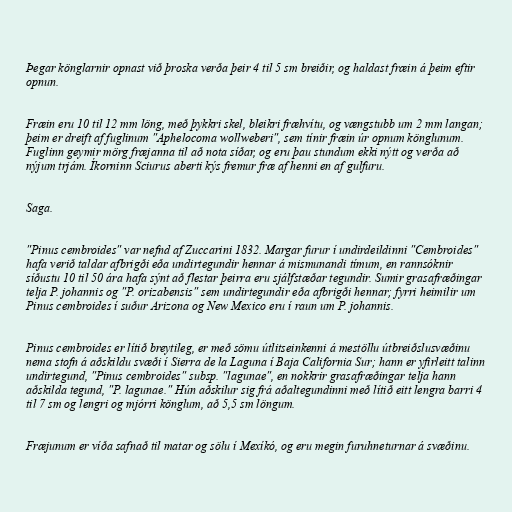
Þegar könglarnir opnast við þroska verða þeir 4 til 5 sm breiðir, og haldast fræin á þeim eftir
opnun.

Fræin eru 10 til 12 mm löng, með þykkri skel, bleikri fræhvítu, og vængstubb um 2 mm langan;
þeim er dreift af fuglinum "Aphelocoma wollweberi", sem tínir fræin úr opnum könglunum.
Fuglinn geymir mörg fræjanna til að nota síðar, og eru þau stundum ekki nýtt og verða að
nýjum trjám. Íkorninn Sciurus aberti kýs fremur fræ af henni en af gulfuru.

Saga.

"Pinus cembroides" var nefnd af Zuccarini 1832. Margar furur í undirdeildinni "Cembroides"
hafa verið taldar afbrigði eða undirtegundir hennar á mismunandi tímum, en rannsóknir
síðustu 10 til 50 ára hafa sýnt að flestar þeirra eru sjálfstæðar tegundir. Sumir grasafræðingar
telja P. johannis og "P. orizabensis" sem undirtegundir eða afbrigði hennar; fyrri heimilir um
Pinus cembroides í suður Arizona og New Mexico eru í raun um P. johannis.

Pinus cembroides er lítið breytileg, er með sömu útlitseinkenni á mestöllu útbreiðslusvæðinu
nema stofn á aðskildu svæði í Sierra de la Laguna í Baja California Sur; hann er yfirleitt talinn
undirtegund, "Pinus cembroides" subsp. "lagunae", en nokkrir grasafræðingar telja hann
aðskilda tegund, "P. lagunae." Hún aðskilur sig frá aðaltegundinni með lítið eitt lengra barri 4
til 7 sm og lengri og mjórri könglum, að 5,5 sm löngum.

Fræjunum er víða safnað til matar og sölu í Mexíkó, og eru megin furuhneturnar á svæðinu.